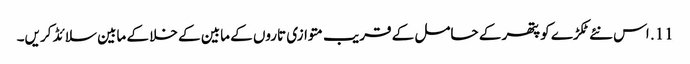
11. اس نئے ٹکڑے کو پتھر کے حامل کے قریب متوازی تاروں کے مابین کے خلا کے مابین سلائڈ کریں۔